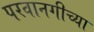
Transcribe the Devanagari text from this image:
परवानगीच्या